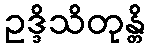
ဥဒ္ဒိသိတုန္တိ